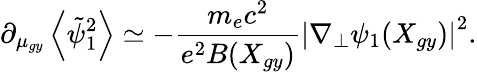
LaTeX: \partial_{\mu_{gy}}\left\langle\tilde{\psi}_{1}^{2}\right\rangle\simeq-\frac{m_{e}c^{2}}{e^{2}B(X_{gy})}\left|\nabla_{\perp}\psi_{1}(X_{gy})\right|^{2}.